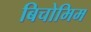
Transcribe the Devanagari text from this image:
बिचोमिम